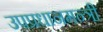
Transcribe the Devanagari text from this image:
उपप्रधानमन्त्री